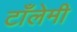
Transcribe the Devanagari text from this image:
टाँलेमी